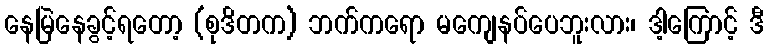
နေမြဲနေခွင့်ရတော့ (စုဒိတက) ဘက်ကရော မကျေနပ်ပေဘူးလား၊ ဒါ့ကြောင့် ဒီ